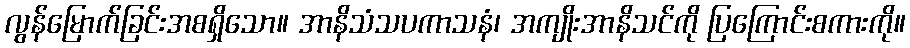
လွန်မြောက်ခြင်းအစရှိသော။ အာနိသံသပကာသနံ၊ အကျိုးအာနိသင်ကို ပြကြောင်းစကားကို။